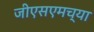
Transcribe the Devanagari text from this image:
जीएसएमच्या